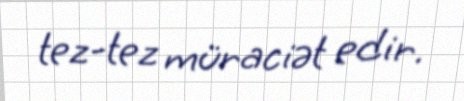
tez-tez müraciət edir.